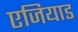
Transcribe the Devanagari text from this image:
एजियाड